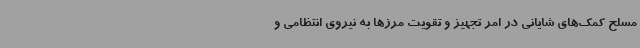
مسلح کمک‌های شایانی در امر تجهیز و تقویت مرزها به نیروی انتظامی و